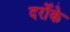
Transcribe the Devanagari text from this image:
दर्रोके